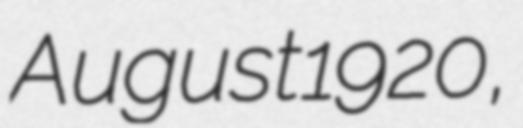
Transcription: August 1920,